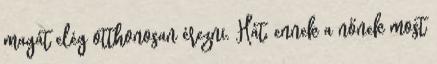
magát elég otthonosan érezni. Hát, ennek a nőnek most